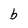
Character: b